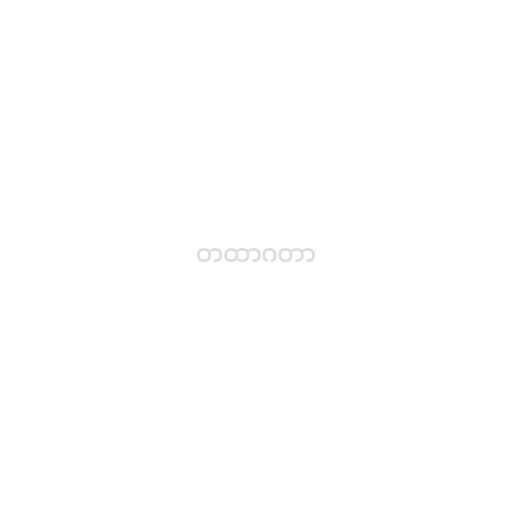
တထာဂတာ